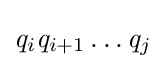
{\mathit {q}}_{i}{\mathit {q}}_{i+1}\dots {\mathit {q}}_{j}